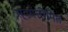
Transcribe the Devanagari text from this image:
स्वयंसीमित